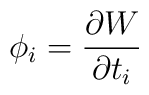
\phi_i  = \frac{\partial W}{\partial t_i}